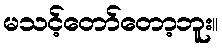
မသင့်တော်တော့ဘူး။